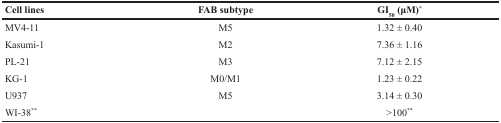
<table><thead><tr><td><b>Cell lines</b></td><td><b>FAB subtype</b></td><td><b>GI<sub>50</sub> (μM)<sup>*</sup></b></td></tr></thead><tbody><tr><td>MV4-11</td><td>M5</td><td>1.32 ± 0.40</td></tr><tr><td>Kasumi-1</td><td>M2</td><td>7.36 ± 1.16</td></tr><tr><td>PL-21</td><td>M3</td><td>7.12 ± 2.15</td></tr><tr><td>KG-1</td><td>M0/M1</td><td>1.23 ± 0.22</td></tr><tr><td>U937</td><td>M5</td><td>3.14 ± 0.30</td></tr><tr><td>WI-38<sup>**</sup></td><td>[EMPTY_CELL]</td><td>&gt;100<sup>**</sup></td></tr></tbody></table>